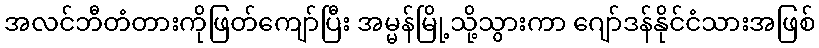
အလင်ဘီတံတားကိုဖြတ်ကျော်ပြီး အမ္မန်မြို့သို့သွားကာ ဂျော်ဒန်နိုင်ငံသားအဖြစ်